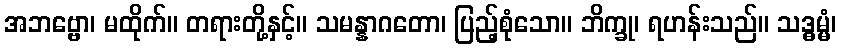
အဘဗ္ဗော၊ မထိုက်။ တရားတို့နှင့်။ သမန္နာဂတော၊ ပြည့်စုံသော။ ဘိက္ခု၊ ရဟန်းသည်။ သဒ္ဓမ္မံ၊